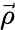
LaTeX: \vec{\rho}